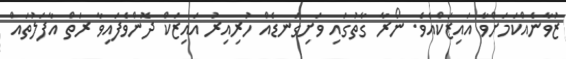
ޒުވާނެއްކަމަށްވާ އައިޒަކްއެވެ. ނޯރާ ގާތުގައި ވަށިގަނޑެއް ހުރިއިރު އައިޒަކް ދޮންވެފައިވާ ރަތް އާފަލުތައް